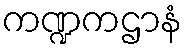
ကဏ္ဍကဌာနံ